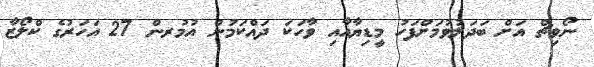
ނޯވިޗް އަށް ބަދަލުވުމަށްފަހު މީޑިޔާއާއި ވާހަކަ ދައްކަމުން އުމުރން 27 އަހަރުގެ ކްލޯޒާ